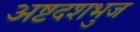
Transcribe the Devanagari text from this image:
अष्टदशभुज